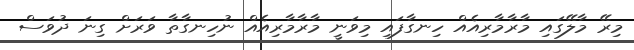
މިރޭ މާލޭގައި މާރާމާރިއެއް ހިނގާފައި މިވަނީ މާރާމާރިއެއް ނުހިނގާތާ ވަރަށް ގިނަ ދުވަސް